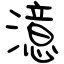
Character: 澺